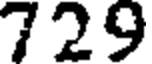
729